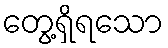
တွေ့ရှိရသော